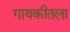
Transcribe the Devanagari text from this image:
गायकीतला